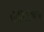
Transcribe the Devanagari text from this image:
पोलिटीक्स